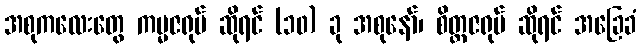
အစုကလေးတွေ ကမ္မဇရုပ် ဆိုရင် (၁၀) ခု အစုနော်၊ စိတ္တဇရုပ် ဆိုရင် အခြေခံ